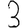
Digit: 3